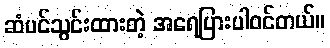
ဆံပင်သွင်းထားတဲ့ အရေပြားပါဝင်တယ်။